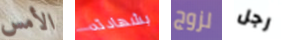
الأمس بشهادته لزوج رجل